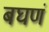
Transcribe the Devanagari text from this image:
बघणं